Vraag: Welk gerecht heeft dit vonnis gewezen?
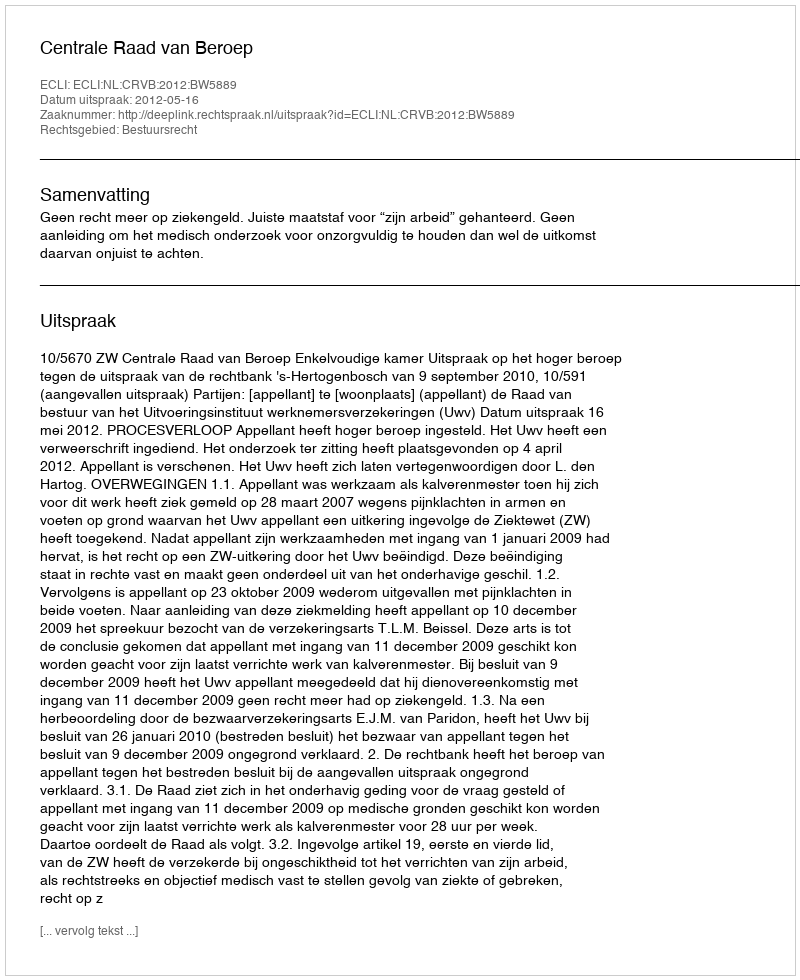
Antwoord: Centrale Raad van Beroep